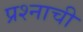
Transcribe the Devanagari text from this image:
प्रश्‍नाची